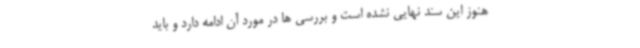
هنوز این سند نهایی نشده است و بررسی ها در مورد آن ادامه دارد و باید